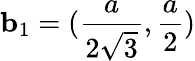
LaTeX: {\mathbf b}_{1}=(\frac{a}{2\sqrt{3}},\frac{a}{2})